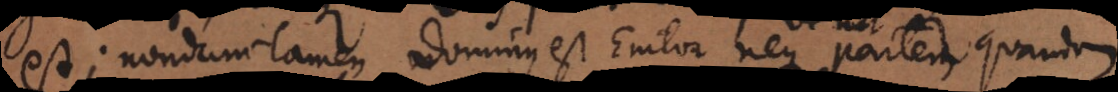
est; nondum tamen dominus est Emtor neque partem quandam